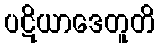
ပဋိယာဒေတူတိ